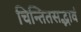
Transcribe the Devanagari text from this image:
चिन्तितसद्भावं